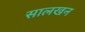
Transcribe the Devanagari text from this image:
सालखन